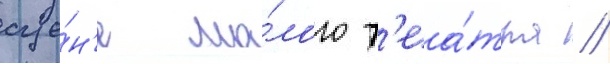
сце́н'е ма́лого т'еа́тра //